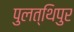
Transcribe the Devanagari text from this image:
पुलत्थिपुर